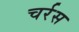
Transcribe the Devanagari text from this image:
चर्रस